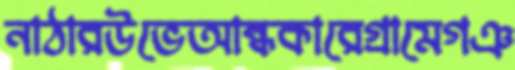
নাঠারউভেআন্ধকারেগ্রামেগঞ